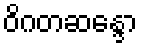
ဝိဂတဆန္ဒော